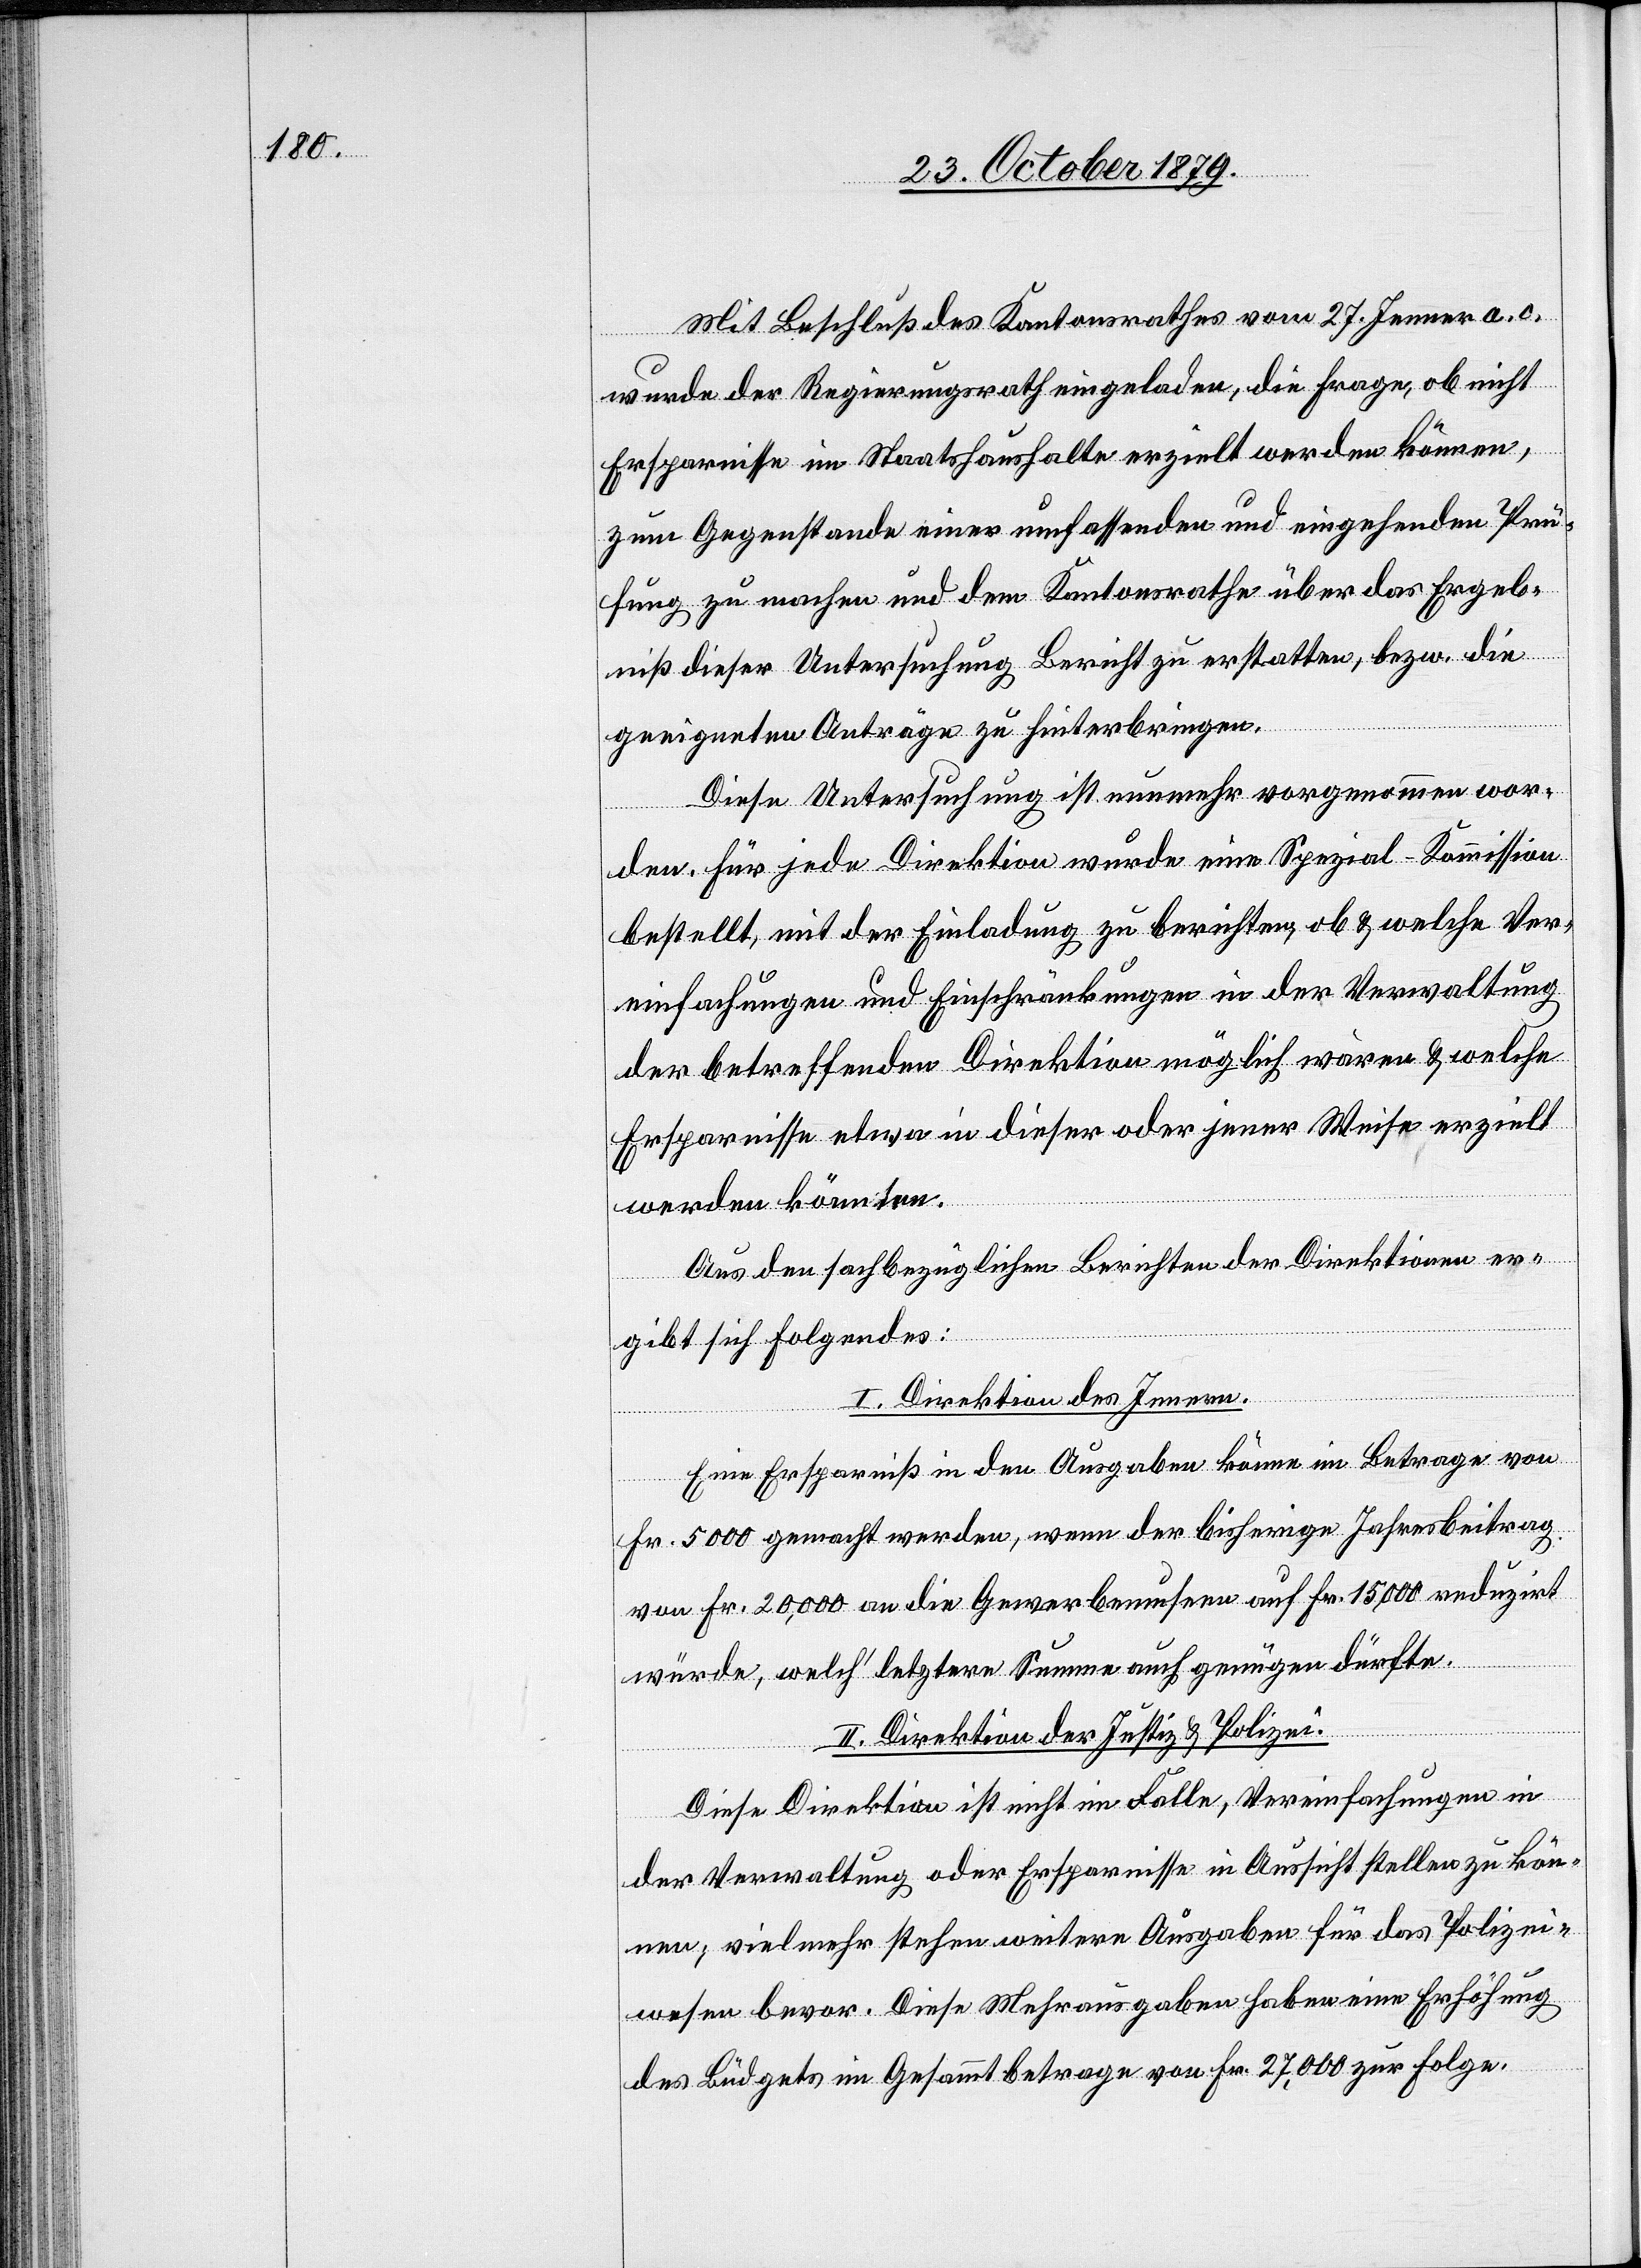
Mit Beschluß des Kantonsrathes vom 27. Jenner a. c.
wurde der Regierungsrath eingeladen, die Frage, ob nicht
Ersparnisse im Staatshaushalt erzielt werden können,
zum Gegenstande einer umfassenden und eingehenden Prü¬
fung zu machen und dem Kantonsrathe über das Ergeb¬
niß dieser Untersuchung Bericht zu erstatten, bezw. die
geeigneten Anträge zu hinterbringen.
Diese Untersuchung ist nunmehr vorgenommen wor¬
den. Für jede Direktion wurde eine Spezial-Kommission
bestellt, mit der Einladung zu berichten, ob & welche Ver¬
einfachungen und Einschränkungen in der Verwaltung
der betreffenden Direktion möglich wären & welche
Ersparnisse etwa in dieser oder jener Weise erzielt
werden könnten.
Aus den sachbezüglichen Berichten der Direktionen er¬
gibt sich folgendes:
I. Direktion des Innern.
Eine Ersparniß in den Ausgaben könne im Betrage von
Fr. 5000 gemacht werden, wenn der bisherige Jahresbeitrag
von Fr. 20,000 an die Gewerbemuseen auf Fr. 15,000 reduzirt
würde, welch’ letztere Summe auch genügen dürfte.
II. Direktion der Justiz & Polizei.
Diese Direktion ist nicht im Falle, Vereinfachungen in
der Verwaltung oder Ersparnisse in Aussicht stellen zu kön¬
nen; vielmehr stehen weitere Ausgaben für das Polizei¬
wesen bevor. Diese Mehrausgaben haben eine Erhöhung
des Büdgets im Gesamtbetrage von Fr. 27,000 zur Folge.